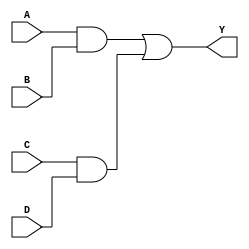
module andor(A,B,C,D,Y);
input A,B,C,D;
output Y;
wire al,a2;
and gl(al,A,B);
and g2(a2,C,D);
or g3(Y,al,a2); 
endmodule